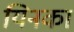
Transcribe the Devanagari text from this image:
यिनका